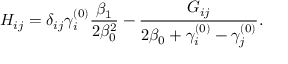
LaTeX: H _ { i j } = \delta _ { i j } \gamma _ { i } ^ { ( 0 ) } { \frac { \beta _ { 1 } } { 2 \beta _ { 0 } ^ { 2 } } } - { \frac { G _ { i j } } { 2 \beta _ { 0 } + \gamma _ { i } ^ { ( 0 ) } - \gamma _ { j } ^ { ( 0 ) } } } .